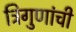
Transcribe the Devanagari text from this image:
त्रिगुणांची